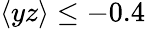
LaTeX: \langle yz\rangle\le-0.4